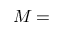
M =